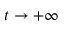
t \to + \infty